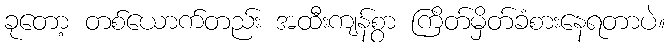
ခုတော့ တစ်ယောက်တည်း အထီးကျန်စွာ ကြိတ်မှိတ်ခံစားနေရတာပဲ။